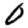
Digit: 0